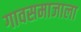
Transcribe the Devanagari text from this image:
गावसमाजाला